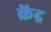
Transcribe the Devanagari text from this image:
क्रेंद्र